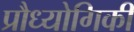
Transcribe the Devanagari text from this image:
प्रौध्योगिकी